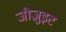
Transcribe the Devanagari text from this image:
जीजु़इट